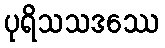
ပုရိသသဒဿေ